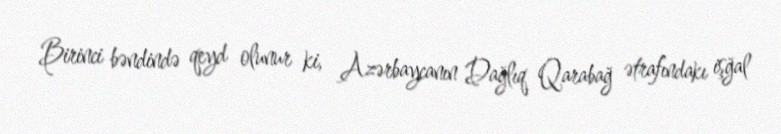
Birinci bəndində qeyd olunur ki, Azərbaycanın Dağlıq Qarabağ ətrafındakı işğal